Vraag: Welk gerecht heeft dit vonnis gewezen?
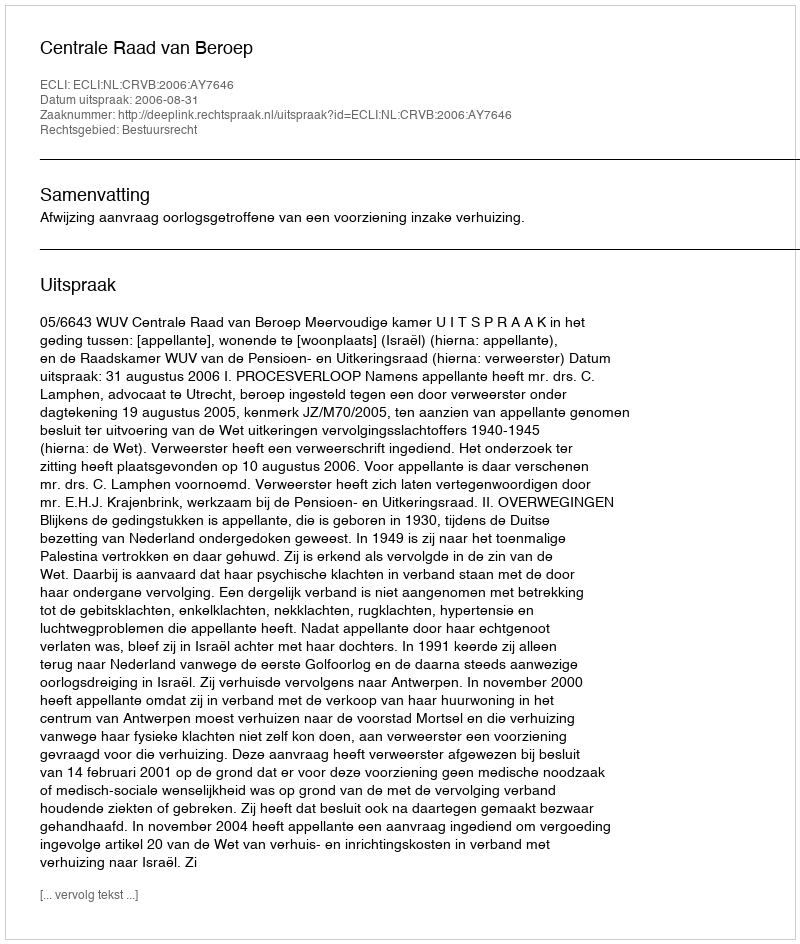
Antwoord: Centrale Raad van Beroep